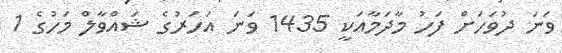
ވަނަ ދުވަހަށް ފަހު މާދަމާއަކީ 1435 ވަނަ އަހަރުގެ ޝައްވާލް މަހުގެ 1